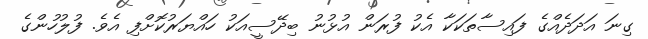
ގިނަ އަދަދެއްގެ ފައިސާތަކަކާ އެކު ފުރަން އުޅުނު ބިދޭސީއަކު ހައްޔަރުކޮށްފި އެވެ. ފުލުހުންގެ